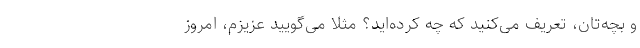
و بچه‌تان، تعریف می‌کنید که چه کرده‌اید؟ مثلا می‌گویید عزیزم، امروز